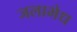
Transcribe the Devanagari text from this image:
जलाभेध